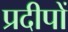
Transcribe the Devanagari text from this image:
प्रदीपों